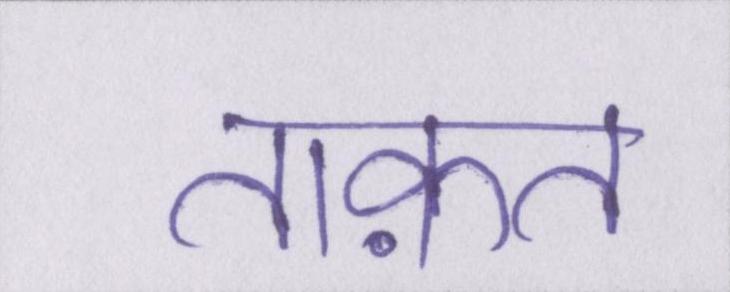
ताक़त